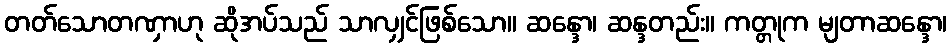
တတ်သောတဏှာဟု ဆိုအပ်သည် သာလျှင်ဖြစ်သော။ ဆန္ဒော၊ ဆန္ဒတည်း။ ကတ္တုက မျတာဆန္ဒော၊